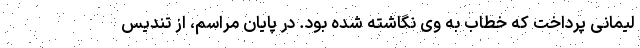
لیمانی پرداخت که خطاب به وی نگاشته شده بود. در پایان مراسم، از تندیس